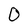
Character: 0